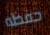
حفظه